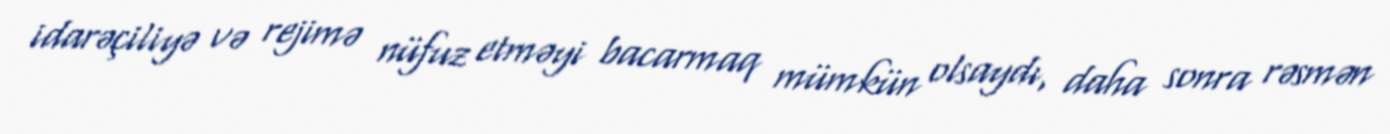
idarəçiliyə və rejimə nüfuz etməyi bacarmaq mümkün olsaydı, daha sonra rəsmən